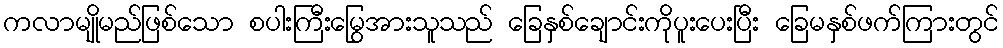
ကလာမျိုမည်ဖြစ်သော စပါးကြီးမြွေအားသူသည် ခြေနှစ်ချောင်းကိုပူးပေးပြီး ခြေမနှစ်ဖက်ကြားတွင်